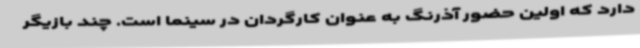
دارد که اولین حضور آذرنگ به عنوان کارگردان در سینما است. چند بازیگر